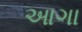
આગા